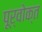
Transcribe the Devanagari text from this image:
पूर्वाेक्त